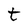
Character: t